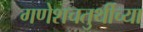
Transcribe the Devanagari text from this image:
गणेशचतुर्थीच्या